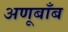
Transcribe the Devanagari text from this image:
अणूबाँब